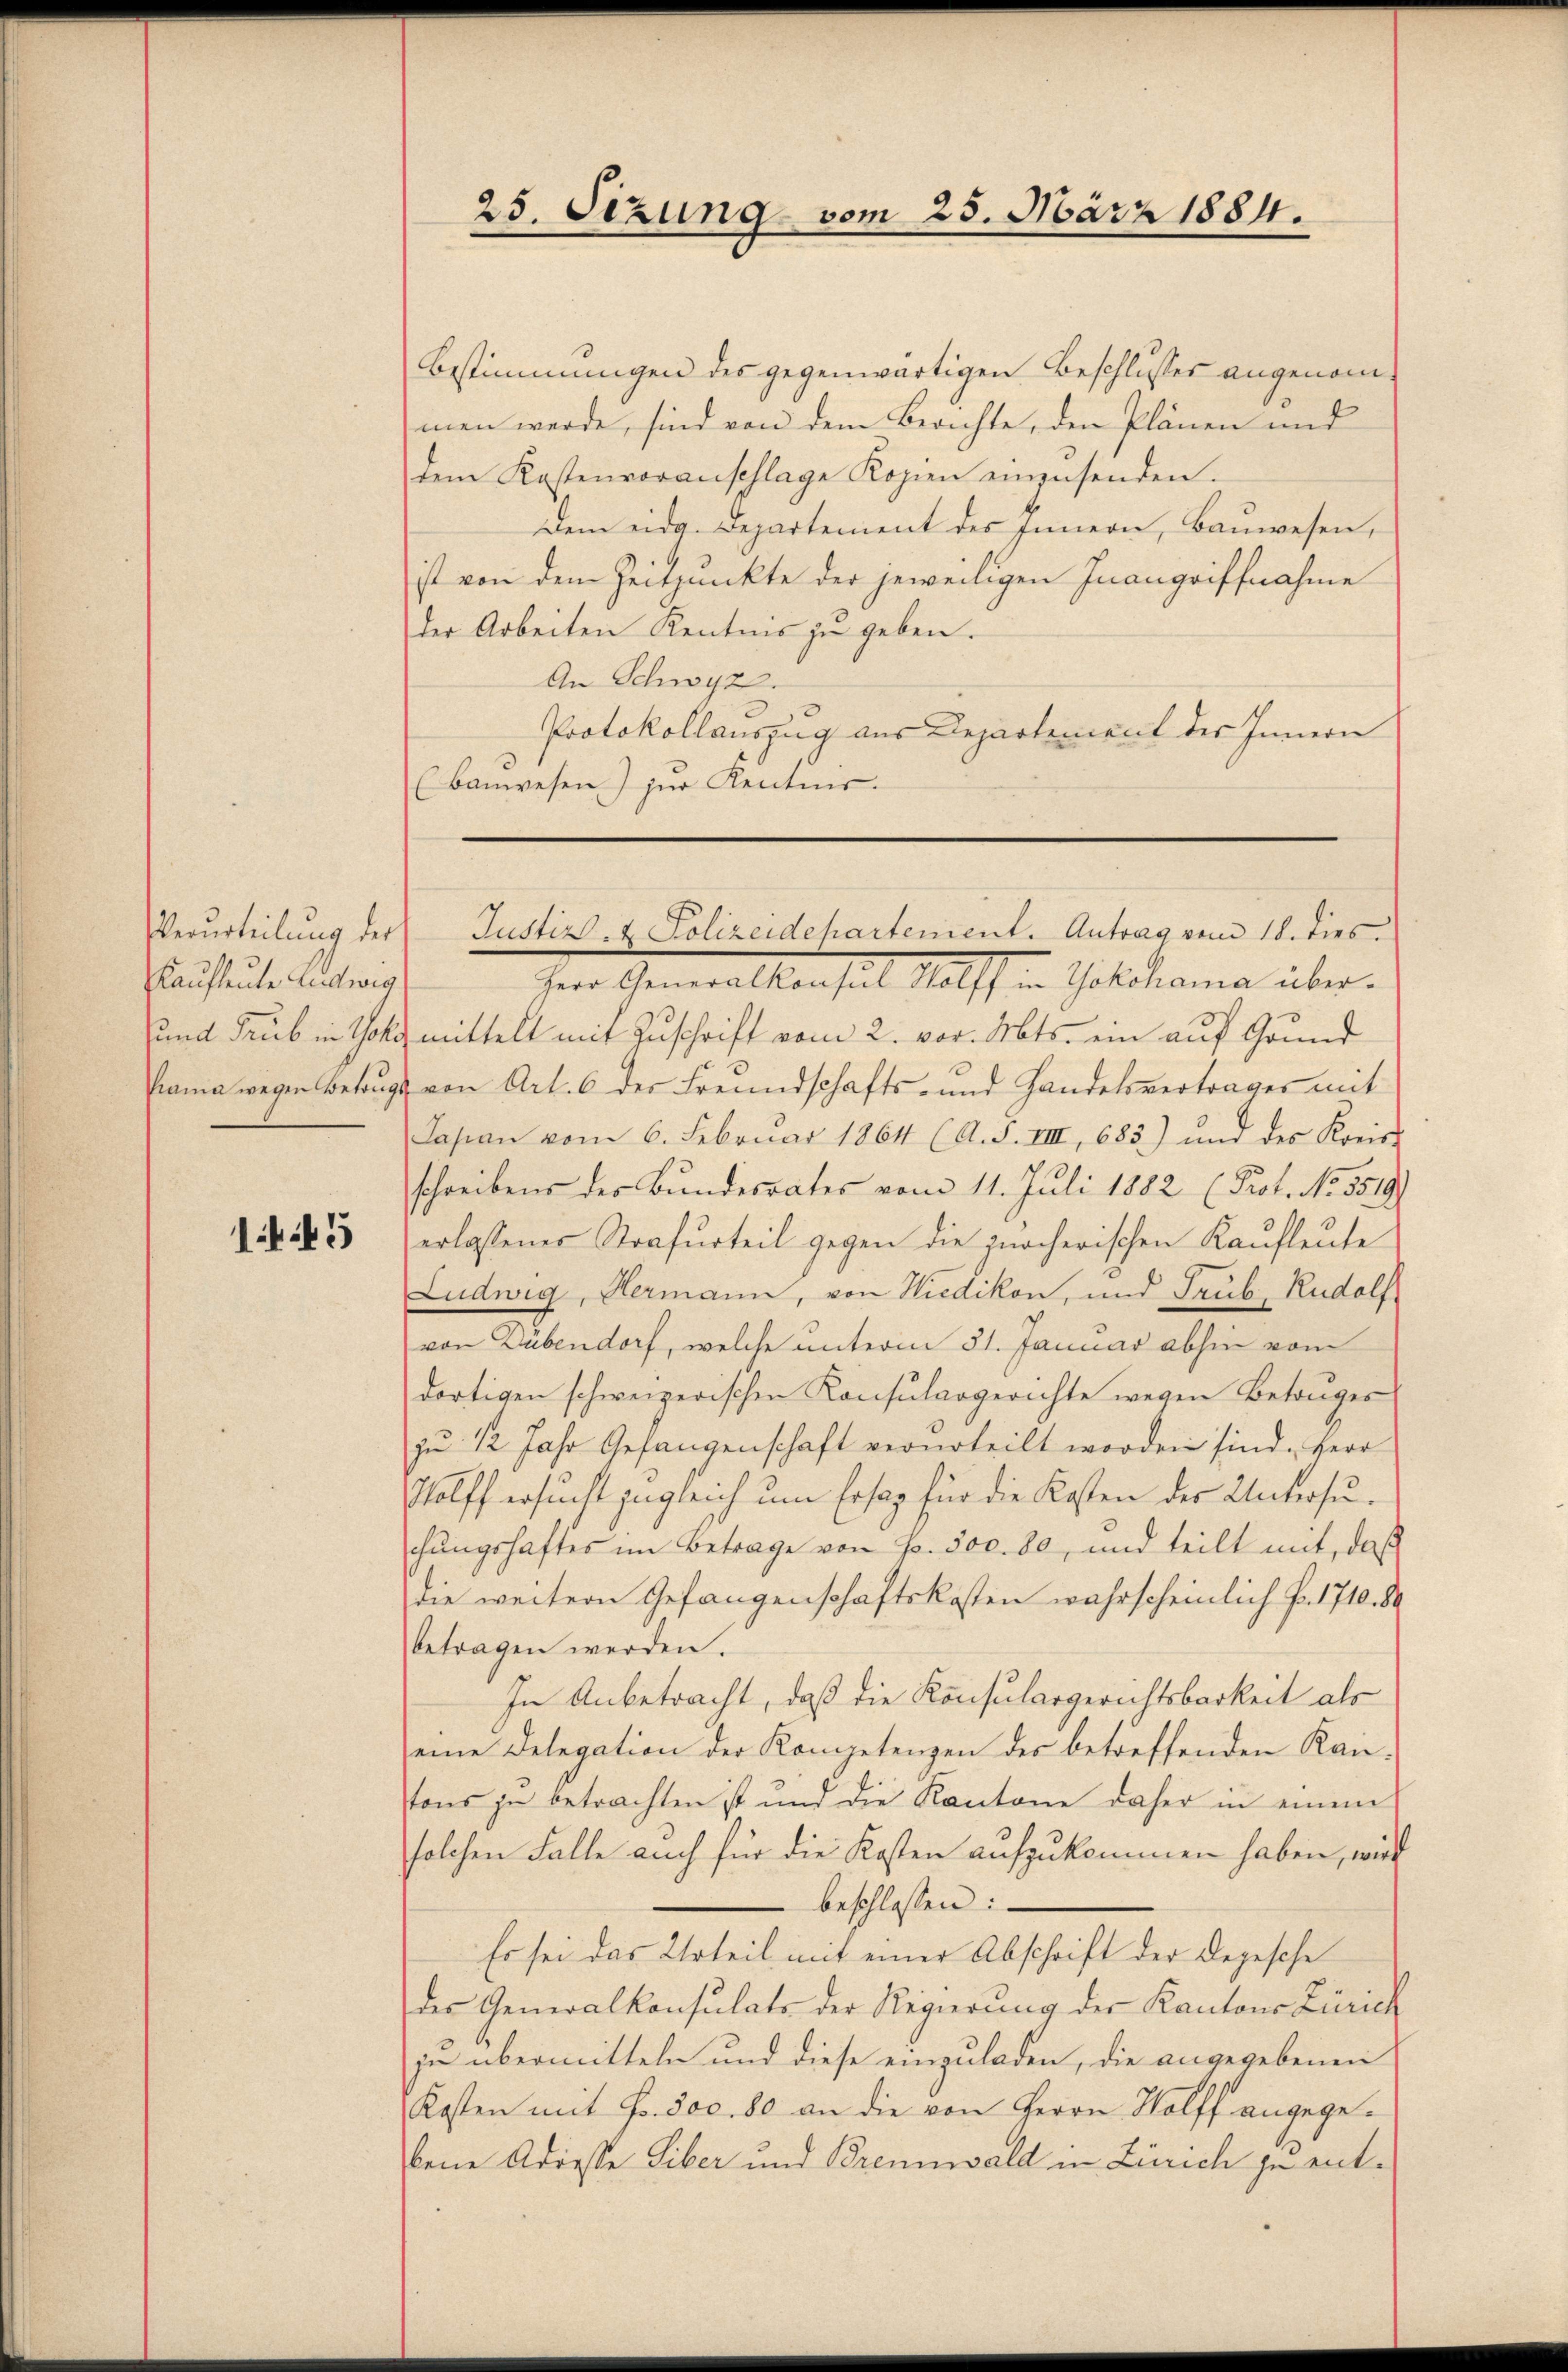
Verurteilung der
Kaufleute Ludwig

145

25. Sizung vom 25. März 1884.

Bestimmungen des gegenwärtigen Beschlusses angenommen werde, sind von dem Berichte, den Plänen und
dem Kostenvoranschlage Kopien einensenden.
Dem eidg. Departement des Innern, Bauwesen,
ist von dem Zeitpunkte der jeweiligen Inangriffnahme
der Arbeiten Kentnis zu geben.
An Schwyz.
Protokollauszug aus Departement des Innern
(Bauwesen) zur Kentnis.

he Generalkonsul Wolf v. Gotoloma übersund Trub in Gott mittelt mit Zuschrift vom 2. vor. Mts. ein auf Grund
hama wegen Betrugs von Art. 6 der Freundschafts- und Handelsvertrages mit
Japan vom 6. Februar 1864 (A. S. VIII, 683) und des Kreis-
schreibens des Bundesrates vom 11. Juli 1882 (Prot. No 3519.
erlassenes Strafurteil gegen die zürcherischen Kaufleute
Ludwig, Hermann, von Wiedikon, und Trub, Rudolf
von Dübendorf, welche unterm 31. Januar abhin vom
dortigen schweizerischen Konsulargerichte wegen Betruges
zu 12 Jahr Gefangenschaft verurteilt worden sind. Herr
Tholff ersŭcht zugleich um Ersatz für die Kosten der Untersuchungshaftes im Betrage von Fr. 300. 80, und teilt mit, daß
die weitern Gefangenschaftskosten wahrscheinlich Fr. 1710. 84
betragen werden.
In Anbetracht, daß die Konsulargerichtsbarkeit als
eine Delegation der Kompetenzen des betreffenden Kantons zu betrachten ist und die Kantone daher in einem
solchen Falle auch für die Kosten aufzukommen haben, wird
beschlossen:
Es sei das Urteil mit einer Abschrift der Depesche
des Generalkonsulats der Regierung der Kantons Zürich
zu übermitteln und diese einzuladen, die angegebenen
Kosten mit Fr. 300. 80 an die von Herrn Wolff angegebene Adresse Liber und Brennwald in Zürich zu ent¬

Justiz- & Polizeidepartement. Antrag vom 18. dies